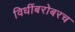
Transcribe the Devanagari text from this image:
विधींबरोबरच